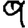
Digit: 9